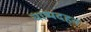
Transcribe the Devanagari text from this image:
वाष्पदहन